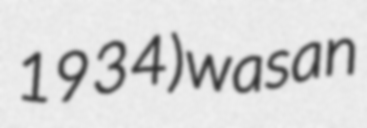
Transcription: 1934) was an